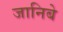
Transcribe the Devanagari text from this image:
जानिबे